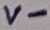
Text: V-